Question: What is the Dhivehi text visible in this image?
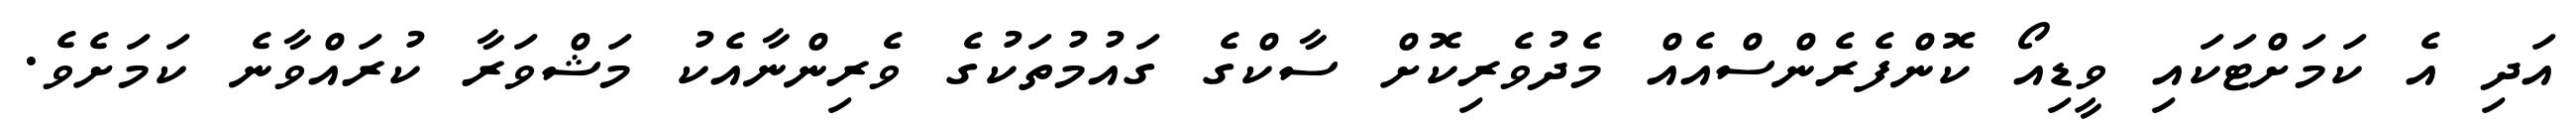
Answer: އަދި އެ ކަމަށްޓަކައި ވީޑިއޯ ކޮންފެރެންސްއެއް މެދުވެރިކޮށް ސާކްގެ ގައުމުތަކުގެ ވެރިންނާއެކު މަޝްވަރާ ކުރައްވާނެ ކަމަށެވެ.